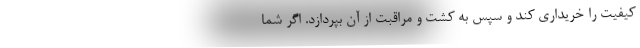
کیفیت را خریداری کند و سپس به کشت و مراقبت از آن بپردازد. اگر شما